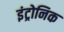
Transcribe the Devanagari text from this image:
इंट्रोनिक